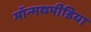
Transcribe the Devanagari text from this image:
मॉन्मथपीडिया